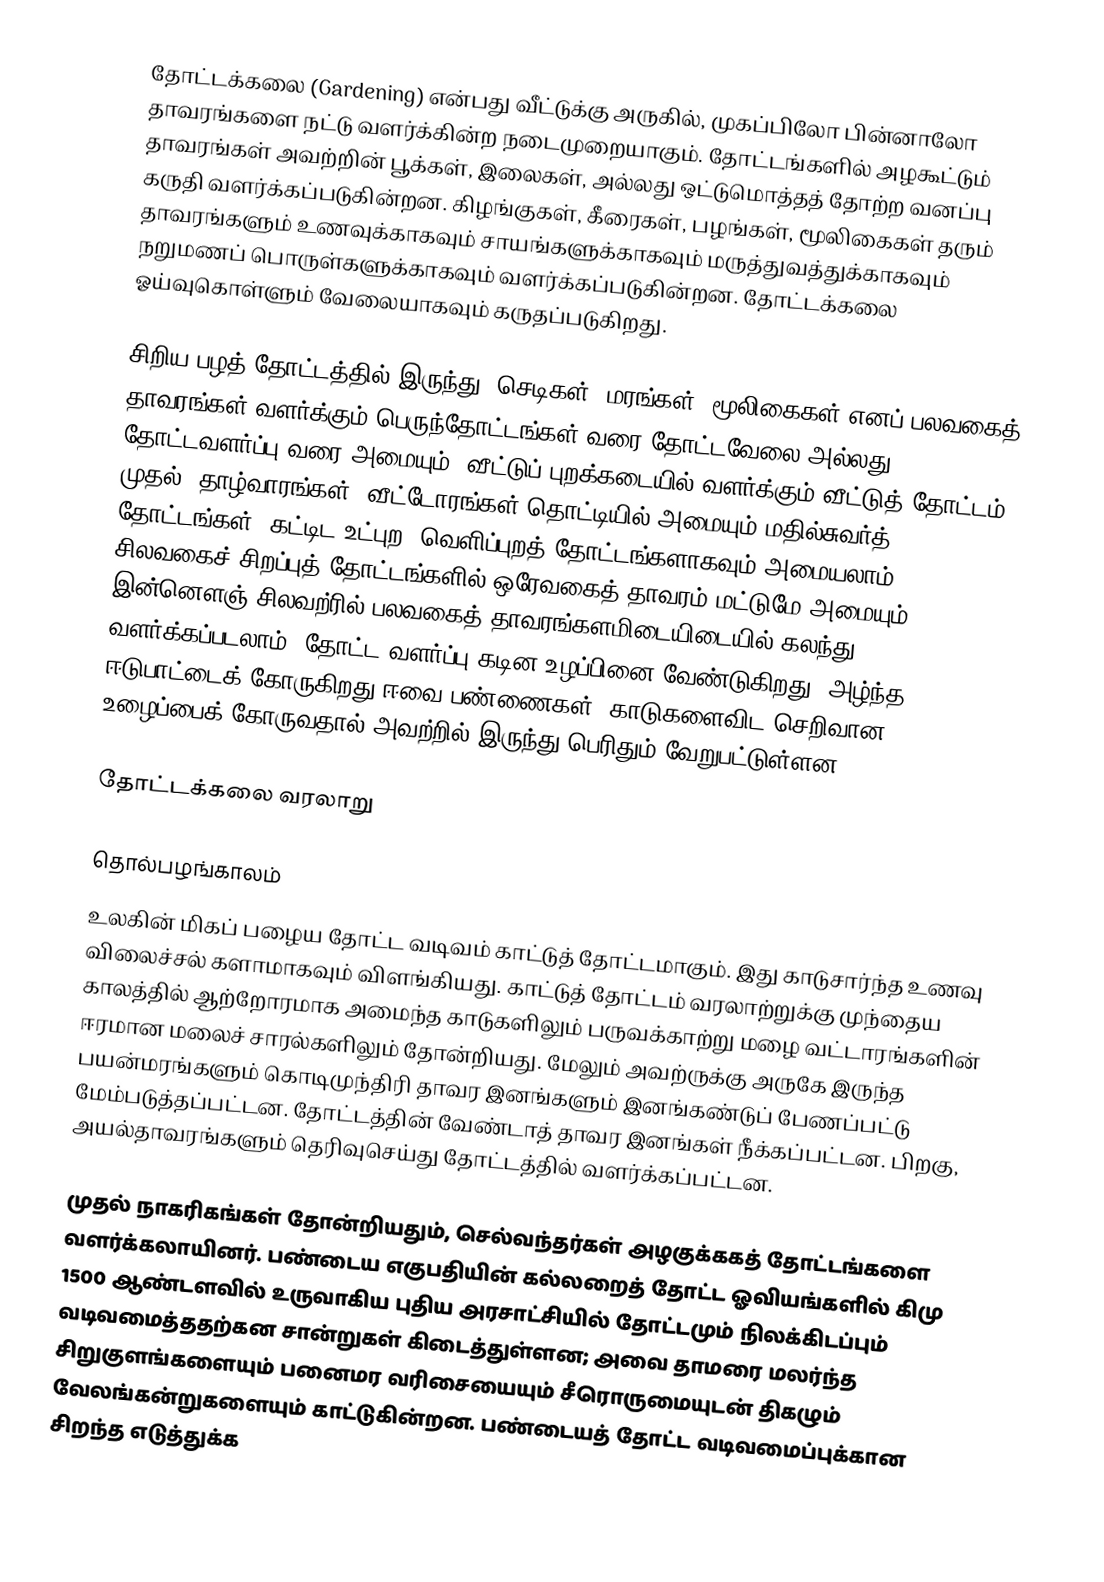
தோட்டக்கலை (Gardening)  என்பது  வீட்டுக்கு அருகில், முகப்பிலோ பின்னாலோ தாவரங்களை நட்டு வளர்க்கின்ற  நடைமுறையாகும். தோட்டங்களில் அழகூட்டும் தாவரங்கள் அவற்றின் பூக்கள், இலைகள், அல்லது ஒட்டுமொத்தத் தோற்ற வனப்பு கருதி வளர்க்கப்படுகின்றன. கிழங்குகள், கீரைகள், பழங்கள், மூலிகைகள் தரும் தாவரங்களும் உணவுக்காகவும் சாயங்களுக்காகவும் மருத்துவத்துக்காகவும் நறுமணப் பொருள்களுக்காகவும் வளர்க்கப்படுகின்றன. தோட்டக்கலை ஓய்வுகொள்ளும் வேலையாகவும் கருதப்படுகிறது.

சிறிய பழத் தோட்டத்தில் இருந்து, செடிகள், மரங்கள், மூலிகைகள் எனப் பலவகைத் தாவரங்கள் வளர்க்கும் பெருந்தோட்டங்கள் வரை தோட்டவேலை அல்லது தோட்டவளர்ப்பு வரை அமையும். வீட்டுப் புறக்கடையில் வளர்க்கும் வீட்டுத் தோட்டம் முதல்,  தாழ்வாரங்கள், வீட்டோரங்கள் தொட்டியில் அமையும் மதில்சுவர்த் தோட்டங்கள், கட்டிட உட்புற, வெளிப்புறத் தோட்டங்களாகவும் அமையலாம். சிலவகைச் சிறப்புத் தோட்டங்களில் ஒரேவகைத் தாவரம் மட்டுமே அமையும். இன்னௌஞ் சிலவற்ரில் பலவகைத் தாவரங்களமிடையிடையில் கலந்து வளர்க்கப்படலாம். தோட்ட வளர்ப்பு கடின உழப்பினை வேண்டுகிறது, அழ்ந்த ஈடுபாட்டைக் கோருகிறது ஈவை பண்ணைகள், காடுகளைவிட செறிவான உழைப்பைக் கோருவதால் அவற்றில் இருந்து பெரிதும் வேறுபட்டுள்ளன.

தோட்டக்கலை வரலாறு

தொல்பழங்காலம்
உலகின் மிகப் பழைய தோட்ட வடிவம் காட்டுத் தோட்டமாகும். இது காடுசார்ந்த உணவு விலைச்சல் களாமாகவும் விளங்கியது. காட்டுத் தோட்டம் வரலாற்றுக்கு முந்தைய காலத்தில் ஆற்றோரமாக அமைந்த காடுகளிலும் பருவக்காற்று மழை வட்டாரங்களின் ஈரமான மலைச் சாரல்களிலும் தோன்றியது. மேலும் அவற்ருக்கு அருகே இருந்த பயன்மரங்களும் கொடிமுந்திரி தாவர இனங்களும் இனங்கண்டுப் பேணப்பட்டு மேம்படுத்தப்பட்டன. தோட்டத்தின் வேண்டாத் தாவர இனங்கள் நீக்கப்பட்டன. பிறகு, அயல்தாவரங்களும் தெரிவுசெய்து தோட்டத்தில் வளர்க்கப்பட்டன.

முதல் நாகரிகங்கள் தோன்றியதும்,  செல்வந்தர்கள் அழகுக்ககத் தோட்டங்களை வளர்க்கலாயினர். பண்டைய எகுபதியின் கல்லறைத் தோட்ட ஓவியங்களில் கிமு 1500 ஆண்டளவில் உருவாகிய புதிய  அரசாட்சியில் தோட்டமும் நிலக்கிடப்பும் வடிவமைத்ததற்கன சான்றுகள் கிடைத்துள்ளன; அவை தாமரை மலர்ந்த சிறுகுளங்களையும் பனைமர வரிசையையும் சீரொருமையுடன் திகழும் வேலங்கன்றுகளையும் காட்டுகின்றன. பண்டையத் தோட்ட வடிவமைப்புக்கான சிறந்த எடுத்துக்க